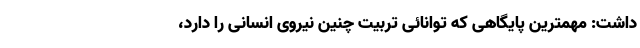
داشت: مهمترین پایگاهی که توانائی تربیت چنین نیروی انسانی را دارد،